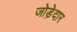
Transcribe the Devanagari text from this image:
जोड़ेदार